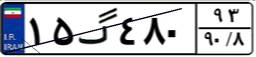
۲۹گ۴۳۳۳۸